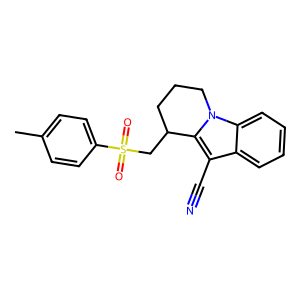
SMILES: Cc1ccc(S(=O)(=O)CC2CCCn3c2c(C#N)c2ccccc23)cc1
Inhibits HIV replication: No